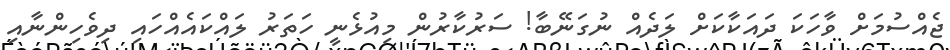
ޖެއްސުމަށް ވާހަކަ ދައަކާކަށް ލަދެއް ނުގަނޭބާ! ސަރުކާރުން މިއުޅެނީ ހަތަރު ލައްކައެއްހައި ދިވެހިންނާއި